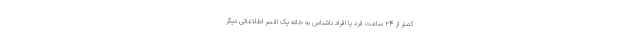
کمتر از ۲۴ ساعت فرد یا افراد ناشناس به خانه یک افسر اطلاعاتی دیگر